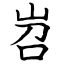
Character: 岧